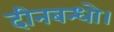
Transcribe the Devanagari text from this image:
दीनबन्धो।